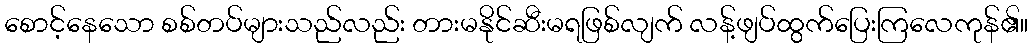
စောင့်နေသော စစ်တပ်များသည်လည်း တားမနိုင်ဆီးမရဖြစ်လျက် လန့်ဖျပ်ထွက်ပြေးကြလေကုန်၏။